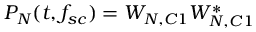
P _ { N } ( t , f _ { s c } ) = W _ { N , C 1 } W _ { N , C 1 } ^ { * }